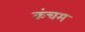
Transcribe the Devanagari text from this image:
कंचम